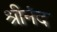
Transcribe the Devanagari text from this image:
श्रीनंद